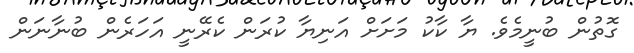
ގޮތުން ބުނީމެވެ. ޔާ ކާކު މަށަށް އަނިޔާ ކުރަން ކެރޭނީ އަހަރެން ބުނާނަން